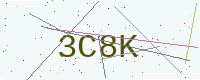
Text: 3C8K